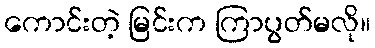
ကောင်းတဲ့ မြင်းက ကြာပွတ်မလို။